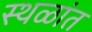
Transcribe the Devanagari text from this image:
स्थळांत